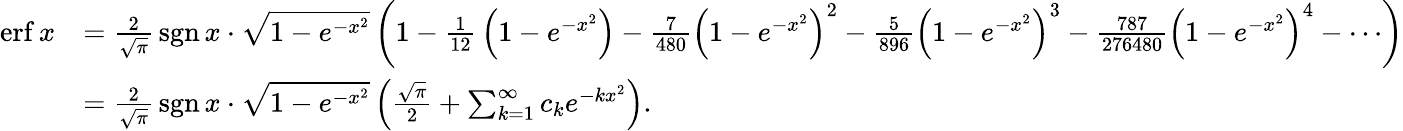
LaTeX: {\begin{array}{rl}{\operatorname{erf}x}&{={\frac{2}{\sqrt{\pi}}}\operatorname{sgn}x\cdot{\sqrt{1-e^{-x^{2}}}}\left(1-{\frac{1}{12}}\left(1-e^{-x^{2}}\right)-{\frac{7}{480}}\left(1-e^{-x^{2}}\right)^{2}-{\frac{5}{896}}\left(1-e^{-x^{2}}\right)^{3}-{\frac{787}{276480}}\left(1-e^{-x^{2}}\right)^{4}-\cdots\right)}\\ &{={\frac{2}{\sqrt{\pi}}}\operatorname{sgn}x\cdot{\sqrt{1-e^{-x^{2}}}}\left({\frac{\sqrt{\pi}}{2}}+\sum_{k=1}^{\infty}c_{k}e^{-kx^{2}}\right).}\end{array}}